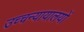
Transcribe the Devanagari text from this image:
उच्चन्यायालयों